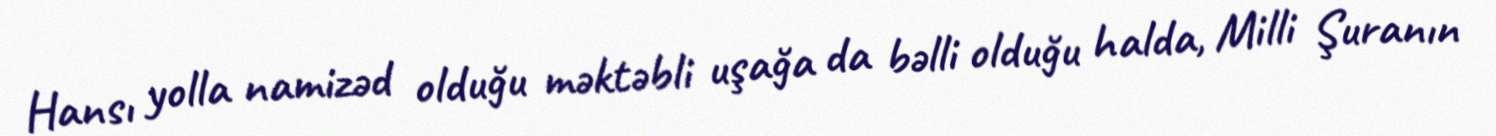
Hansı yolla namizəd olduğu məktəbli uşağa da bəlli olduğu halda, Milli Şuranın